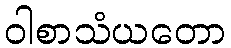
ဝါစာသံယတော